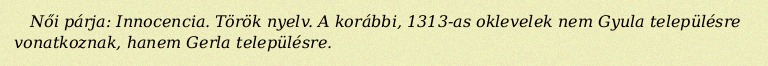
Női párja: Innocencia. Török nyelv. A korábbi, 1313-as oklevelek nem Gyula településre vonatkoznak, hanem Gerla településre.